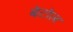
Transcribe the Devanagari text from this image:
बेटोल